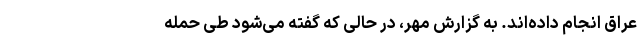
عراق انجام داده‌اند. به گزارش مهر، در حالی که گفته می‌شود طی حمله